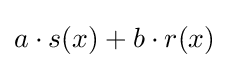
a\cdot s(x)+b\cdot r(x)